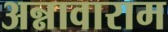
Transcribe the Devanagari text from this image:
अन्नावाराम